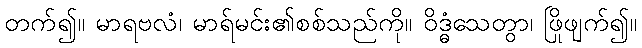
တက်၍။ မာရဗလံ၊ မာရ်မင်း၏စစ်သည်ကို။ ဝိဒ္ဓံသေတွာ၊ ဖြိုဖျက်၍။